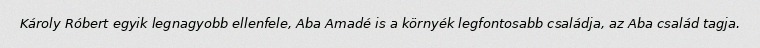
Károly Róbert egyik legnagyobb ellenfele, Aba Amadé is a környék legfontosabb családja, az Aba család tagja.